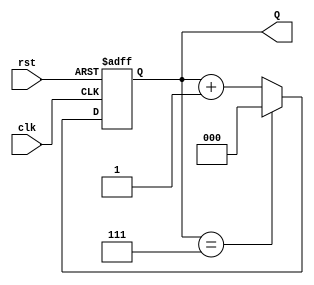
module UpCounterMoore (
    input wire clk,          // Clock input
    input wire rst,          // Reset input (active high)
    output reg [n-1:0] Q     // Counter output
);
    
    parameter n = 3;         // Number of bits (you can change this to your desired size)
    parameter MAX_COUNT = (1 << n) - 1; // Maximum count value (2^n - 1)
    
    // Sequential logic for state transitions
    always @(posedge clk or posedge rst) begin
        if (rst) begin
            Q <= 0;          // Reset the counter to 0
        end else begin
            if (Q == MAX_COUNT) begin
                Q <= 0;      // Wrap around to 0 if the max count is reached
            end else begin
                Q <= Q + 1;  // Increment the counter
            end
        end
    end

endmodule